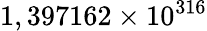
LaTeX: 1,397162\times 10^{316}